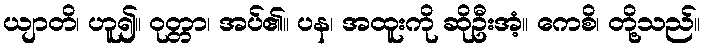
ယျာတိ၊ ဟူ၍။ ဝုတ္တာ၊ အပ်၏။ ပန၊ အထူးကို ဆိုဦးအံ့။ ကေစိ၊ တို့သည်။